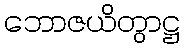
ဘောဇယိတွာဋ္ဌ